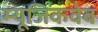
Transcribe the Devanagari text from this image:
म्यूजिकवेब